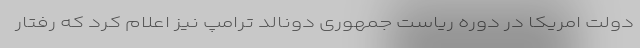
دولت امریکا در دوره ریاست جمهوری دونالد ترامپ نیز اعلام کرد که رفتار